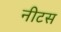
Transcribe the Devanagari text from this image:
नीटस